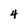
Character: 4